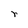
Character: r